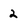
Character: 2